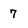
Character: 7